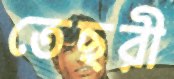
তেছরী